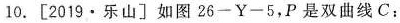
10. [2019·乐山]如图26-Y-5，P是双曲线C：